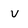
Character: v